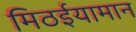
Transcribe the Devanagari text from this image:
मिठईयामान